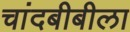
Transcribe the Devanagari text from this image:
चांदबीबीला